Vaccination in Bombay 1913-1923 - 1913-1923
Year: 1913
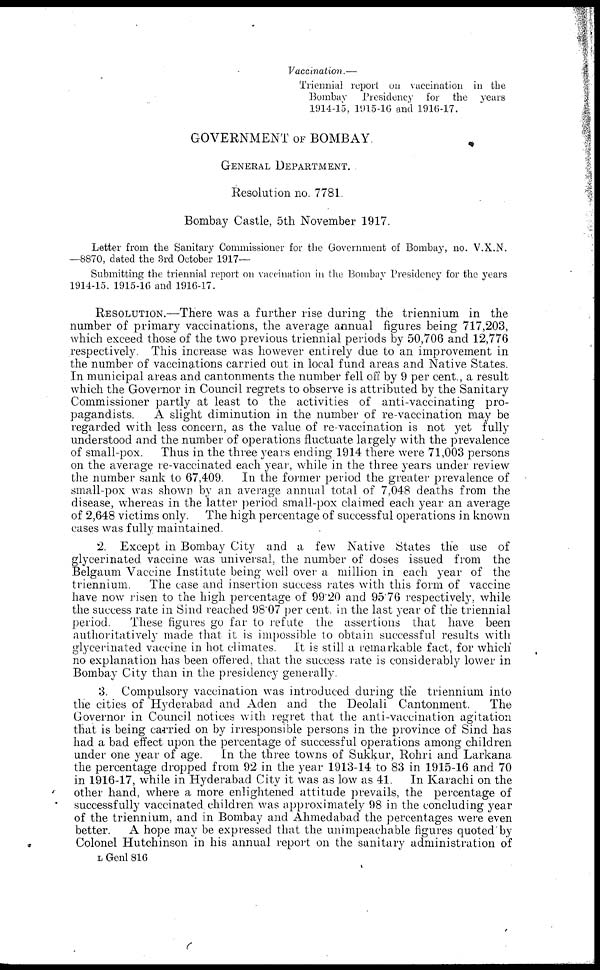
Vaccination.—
Triennial report on vaccination in the
Bombay Presidency for the years
1914-15, 1915-16 and 1916-17.
GOVERNMENT OF BOMBAY
GENERAL DEPARTMENT.
Resolution no. 7781
Bombay Castle, 5th November 1917.
Letter from the Sanitary Commissioner for the Government of Bombay, no. V.X.N.
—8870, dated the 3rd October 1917—
Submitting the triennial report on vaccination in the Bombay Presidency for the years
1914-15, 1915-16 and 1916-17.
RESOLUTION.—There was a further rise during the triennium in the
number of primary vaccinations, the average annual figures being 717,203,
which exceed those of the two previous triennial periods by 50,706 and 12,776
respectively. This increase was however entirely due to an improvement in
the number of vaccinations carried out in local fund areas and Native States.
In municipal areas and cantonments the number fell off by 9 per cent., a result
which the Governor in Council regrets to observe is attributed by the Sanitary
Commissioner partly at least to the activities of anti-vaccinating pro-
pagandists.
A slight diminution in the number of re-vaccination may be
regarded with less concern, as the value of re-vaccination is not yet fully
understood and the number of operations fluctuate largely with the prevalence
of small-pox.
Thus in the three years ending 1914 there were 71,003 persons
on the average re-vaccinated each year, while in the three years under review
the number sank to 67,409. In the former period the greater prevalence of
small-pox was shown by an average annual total of 7,048 deaths from the
disease, whereas in the latter period small-pox claimed each year an average
of 2,648 victims only. The high percentage of successful operations in known
cases was fully maintained.
2. Except in Bombay City and a few Native States the use of
glycerinated vaccine was universal, the number of doses issued from the
Belgaum Vaccine Institute being well over a million in each year of the
triennium.
The case and insertion success rates with this form of vaccine
have now risen to the high percentage of 99.20 and 95.76 respectively, while
the success rate in Sind reached 98.07 per cent. in the last year of the triennial
period.
These figures go far to refute the assertions that have been
authoritatively made that it is impossible to obtain successful results with
glycerinated vaccine in hot climates. It is still a remarkable fact, for which
no explanation has been offered, that the success rate is considerably lower in
Bombay City than in the presidency generally.
3. Compulsory vaccination was introduced during the triennium into
the cities of Hyderabad and Aden and the Deolali Cantonment.
The
Governor in Council notices with regret that the anti-vaccination agitation
that is being carried on by irresponsible persons in the province of Sind has
had a bad effect upon the percentage of successful operations among children
under one year of age. In the three towns of Sukkur, Rohri and Larkana
the percentage dropped from 92 in the year 1913-14 to 83 in 1915-16 and 70
in 1916-17, while in Hyderabad City it was as low as 41. In Karachi on the
other hand, where a more enlightened attitude prevails, the percentage of
successfully vaccinated children was approximately 98 in the concluding year
of the triennium, and in Bombay and Ahmedabad the percentages were even
better.
A hope may be expressed that the unimpeachable figures quoted by
Colonel Hutchinson in his annual report on the sanitary administration of
L Genl 816